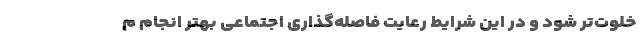
خلوت‌تر شود و در این شرایط رعایت فاصله‌گذاری اجتماعی بهتر انجام م